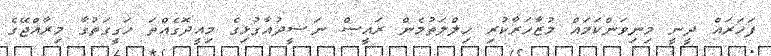
ފަހަރައް ދީނީ މިނިވަންކަމައް މުޒާހަރާކުރި ހިލްލަތުމެން ރައީސް ނަޟީދުއާގުޅިގެ މިއީދޮގެއްތަ ހަގީގަތުގާ މިރާއްޖޭގެ